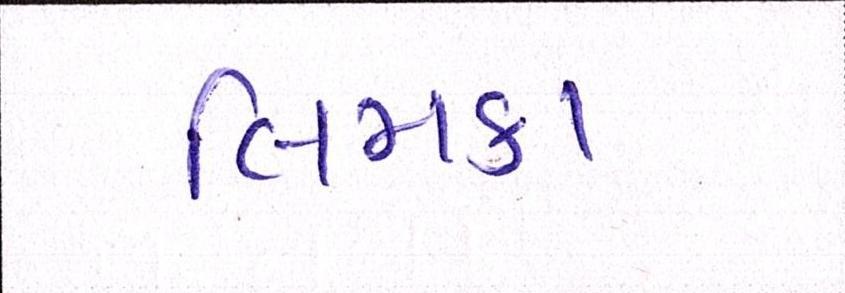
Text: લિમકા